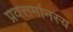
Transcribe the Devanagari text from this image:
प्रवत्तर्मानस्य